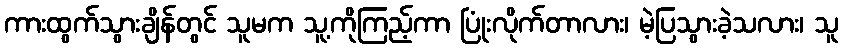
ကားထွက်သွားချိန်တွင် သူမက သူ့ကိုကြည့်ကာ ပြုံးလိုက်တာလား၊ မဲ့ပြသွားခဲ့သလား၊ သူ